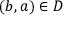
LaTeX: ( b , a ) \in D